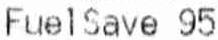
FUELSAVE 95